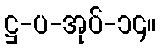
ဋ္ဌ-ပ-အုပ်-၁၄။